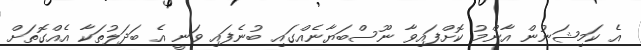
އެ ކަމިޝަނުން އާންމު ކޮށްފައިވާ ނޫސްބަޔާނެއްގައި ބުނެފައި ވަނީ އެ ބަދަލުތަކާ އެއްގޮތަށް